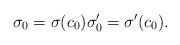
LaTeX: \begin{align*} \sigma_0 = \sigma(c_0) \sigma'_0 = \sigma'(c_0).\end{align*}